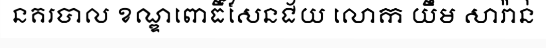
នគរបាល ខណ្ឌពោធិ៍សែនជ័យ លោក យឹម សារ៉ាន់